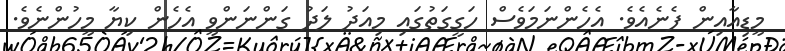
މީޑިއާއިން ފެނެއެވެ. އެހެންނަމަވެސް ހަގީގަތުގައި މިއަދު ލަދު ގަންނަންވީ އެހެން ކިޔާ މީހުންނެވެ.